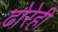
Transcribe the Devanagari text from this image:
ढोरेही